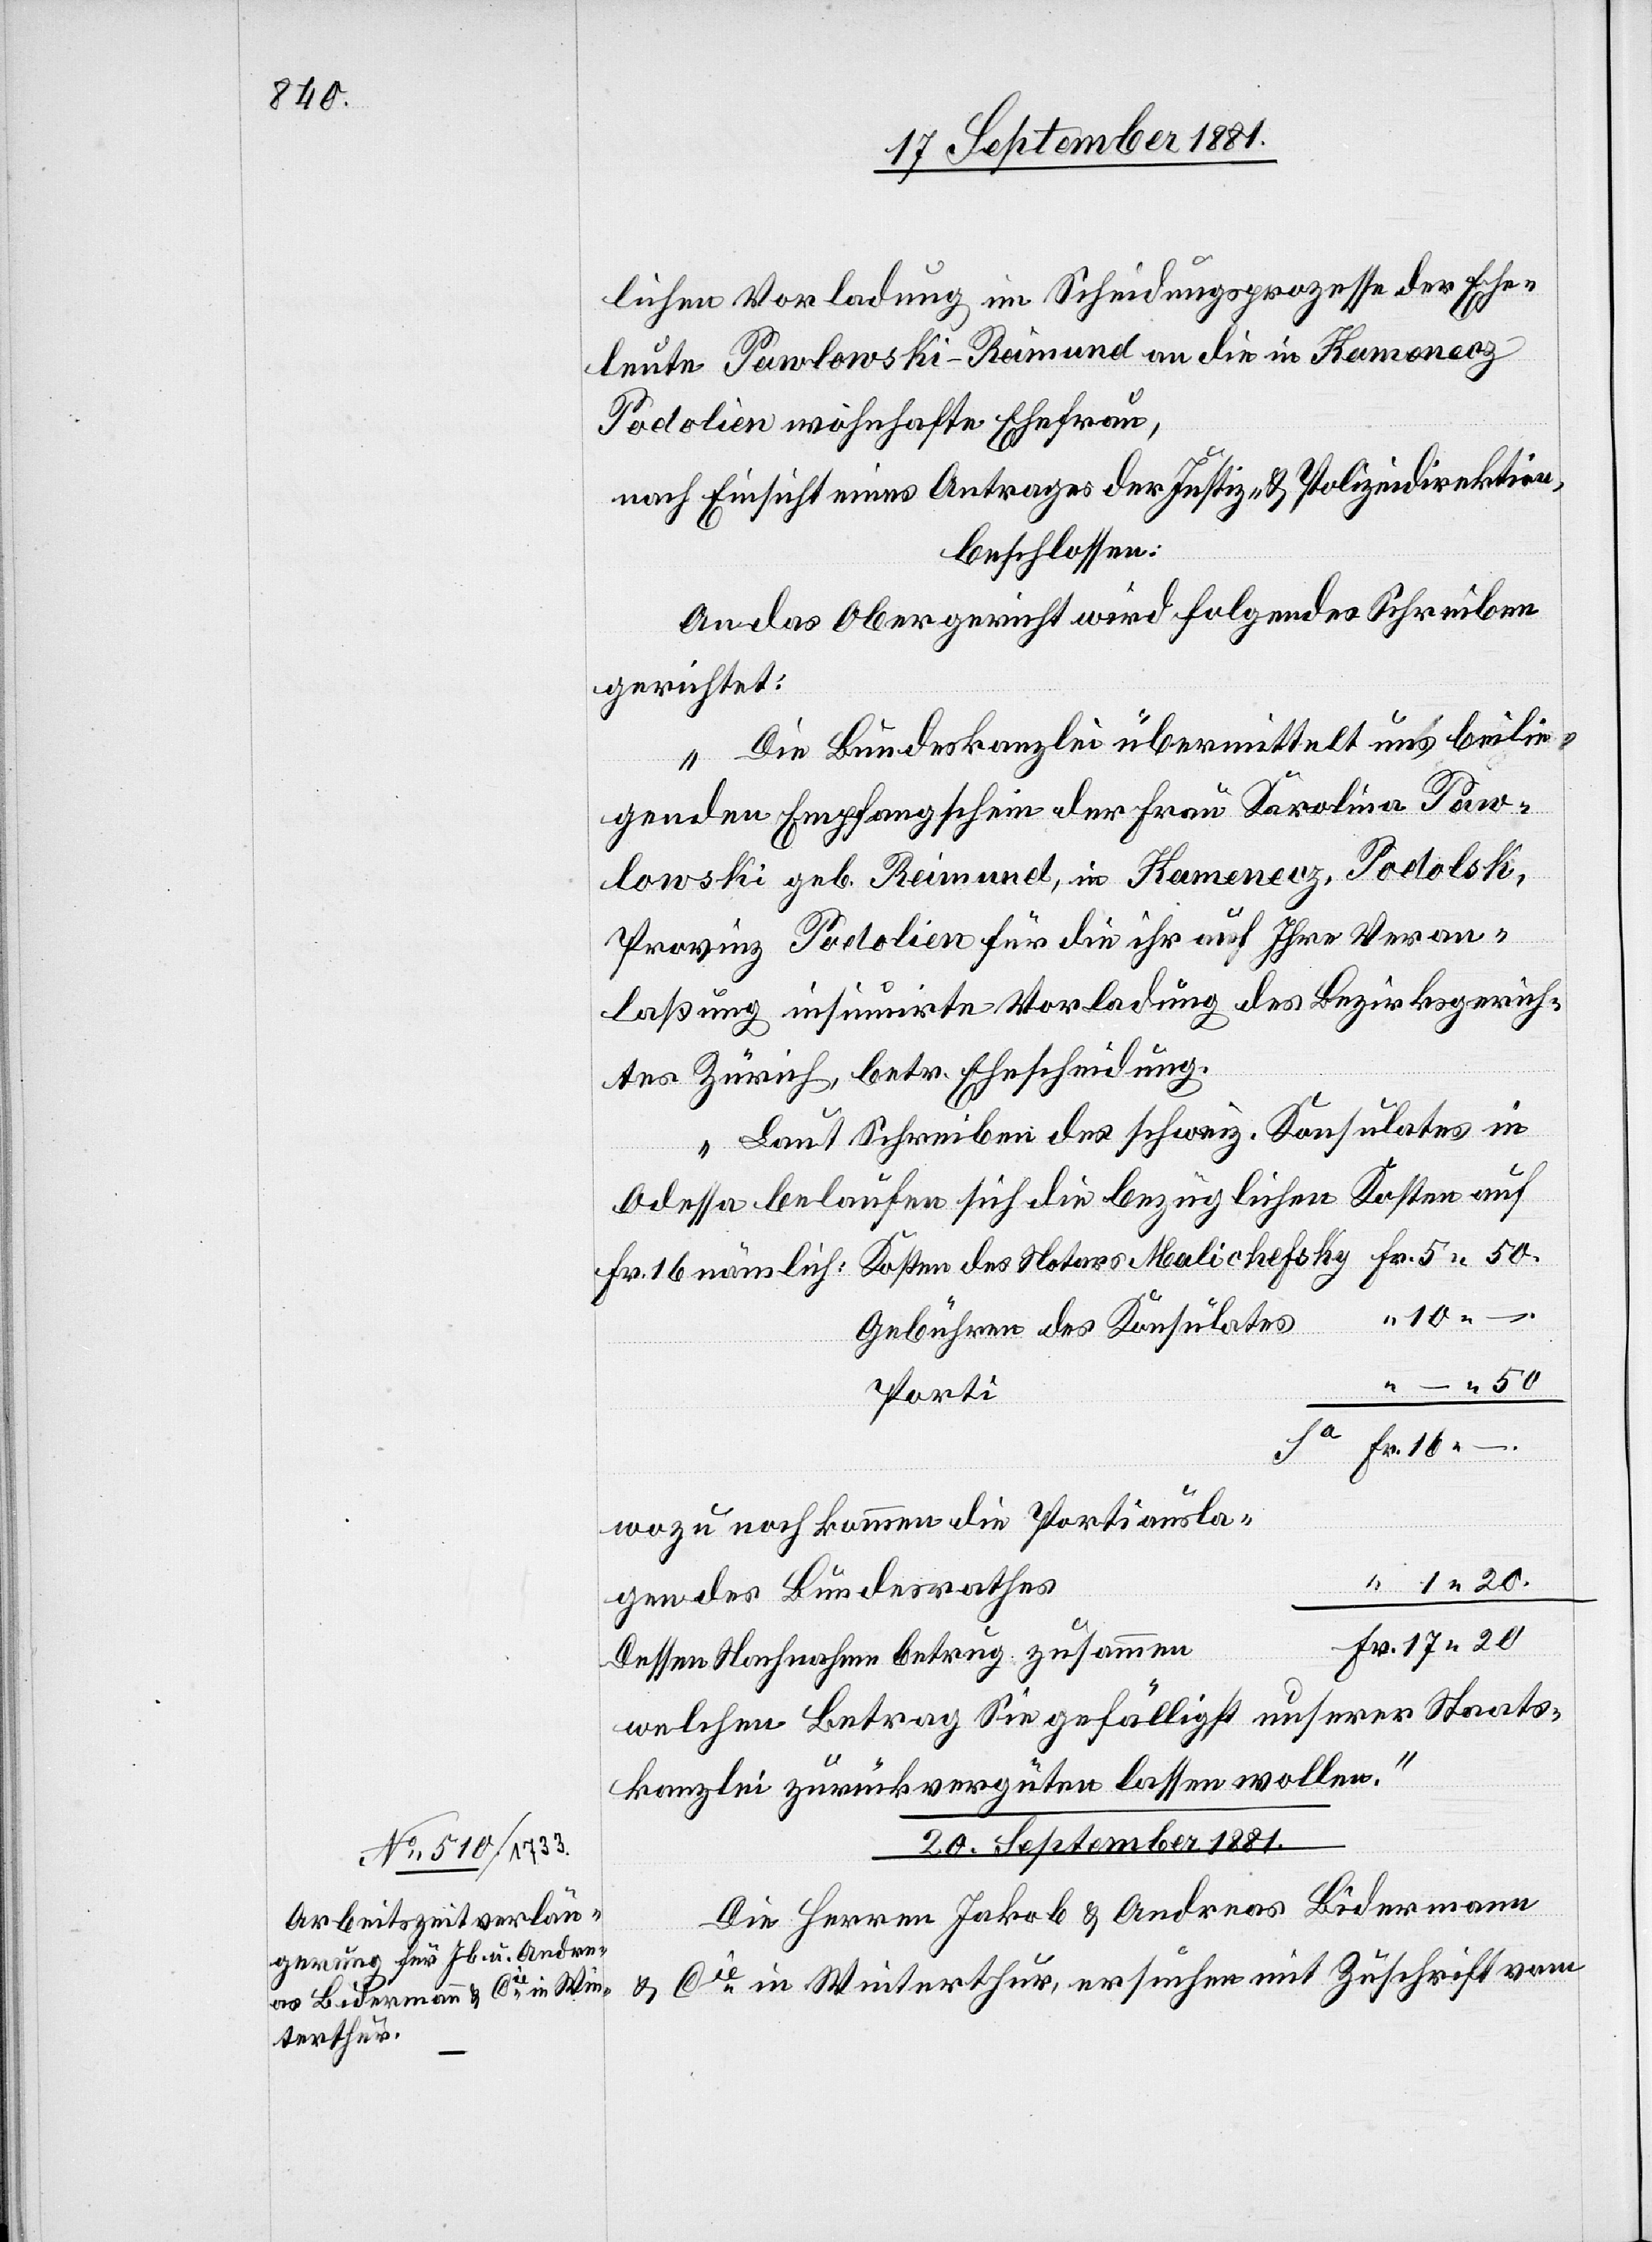
1 20.

lichen Vorladung im Scheidungsprozesse der Ehe¬
leute Pawlonski-Raimund an die in Kameneoz
Podolien wohnhafte Ehefrau,
nach Einsicht eines Antrages der Justiz- & Polizeidirektion,
beschlossen:
An das Obergericht wird folgendes Schreiben
gerichtet:
„Die Bundeskanzlei übermittelt uns beilie¬
genden Empfangschein der Frau Karolina Paw¬
lonski geb. Raimund, in Kameneoz, Podolsk,
Provinz Podolien für die ihr auf Ihre Veran¬
laßung insinuirte Vorladung des Bezirksgerich¬
tes Zürich, betr. Ehescheidung.
Laut Schreiben des schweiz. Konsulates in
Odessa belaufen sich die bezüglichen Kosten auf
10 –.
Gebühren des Konsulates
Porti
Fr. 16
wozu noch kommen die Portiausla¬
gen des Bundesrathes
Dessen Nachnahme betrug zusammen
welchen Betrag Sie gefälligst unserer Staats¬
kanzlei zurückvergüten lassen wollen.“
20. September 1881.
Die Herren Jakob & Andreas Bidermann
& Cie in Winterthur, ersuchen mit Zuschrift vom